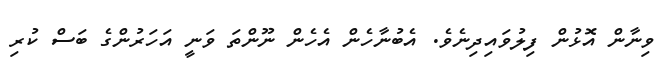
ވިނާން އޮޅުން ފިލުވައިދިނެވެ. އެބުނާހެން އެހެން ނޫންތަ ވަނީ އަހަރުންގެ ބަސް ކުރި